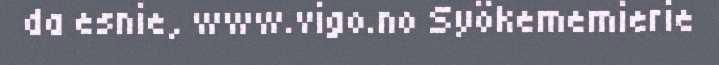
da esnie, www.vigo.no Syökememierie